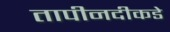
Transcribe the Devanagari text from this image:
तापीनदीकडे